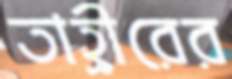
তাহ্রীরের